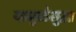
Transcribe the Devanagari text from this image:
यामुळेसुद्धा